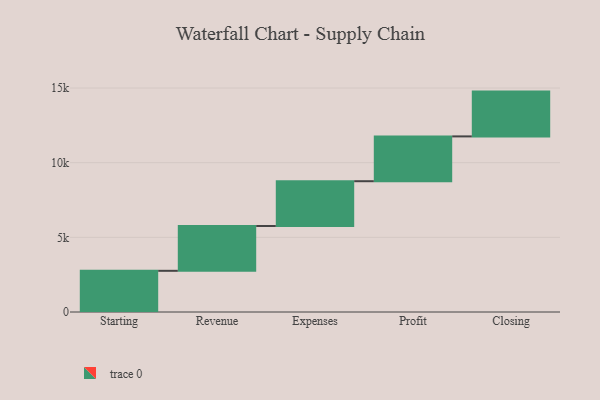
{"axis": {"x": "Step", "y": "Value"}, "legend": [""], "data": [{"x": "Starting", "y": 2758.0, "type": ""}, {"x": "Revenue", "y": 3000, "type": ""}, {"x": "Expenses", "y": 3000, "type": ""}, {"x": "Profit", "y": 3000, "type": ""}, {"x": "Closing", "y": 3000, "type": ""}]}